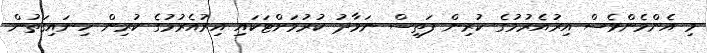
މި އެންމެންވެސް އިރުއެރުމުގެ ކުރިން ފަތިސް ނަމާދު ކުރުމަށްޓަކައި އިރުއެރުމުގެ ކުރިން ހިނައިގަތުން